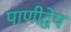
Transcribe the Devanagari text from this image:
पाणीद्वेष